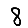
Digit: 8